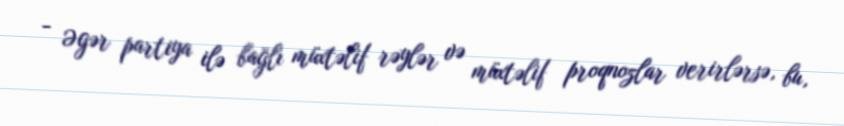
- Əgər partiya ilə bağlı müxtəlif rəylər və müxtəlif proqnozlar verirlərsə, bu,